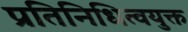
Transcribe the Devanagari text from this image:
प्रतिनिधित्वयुक्त